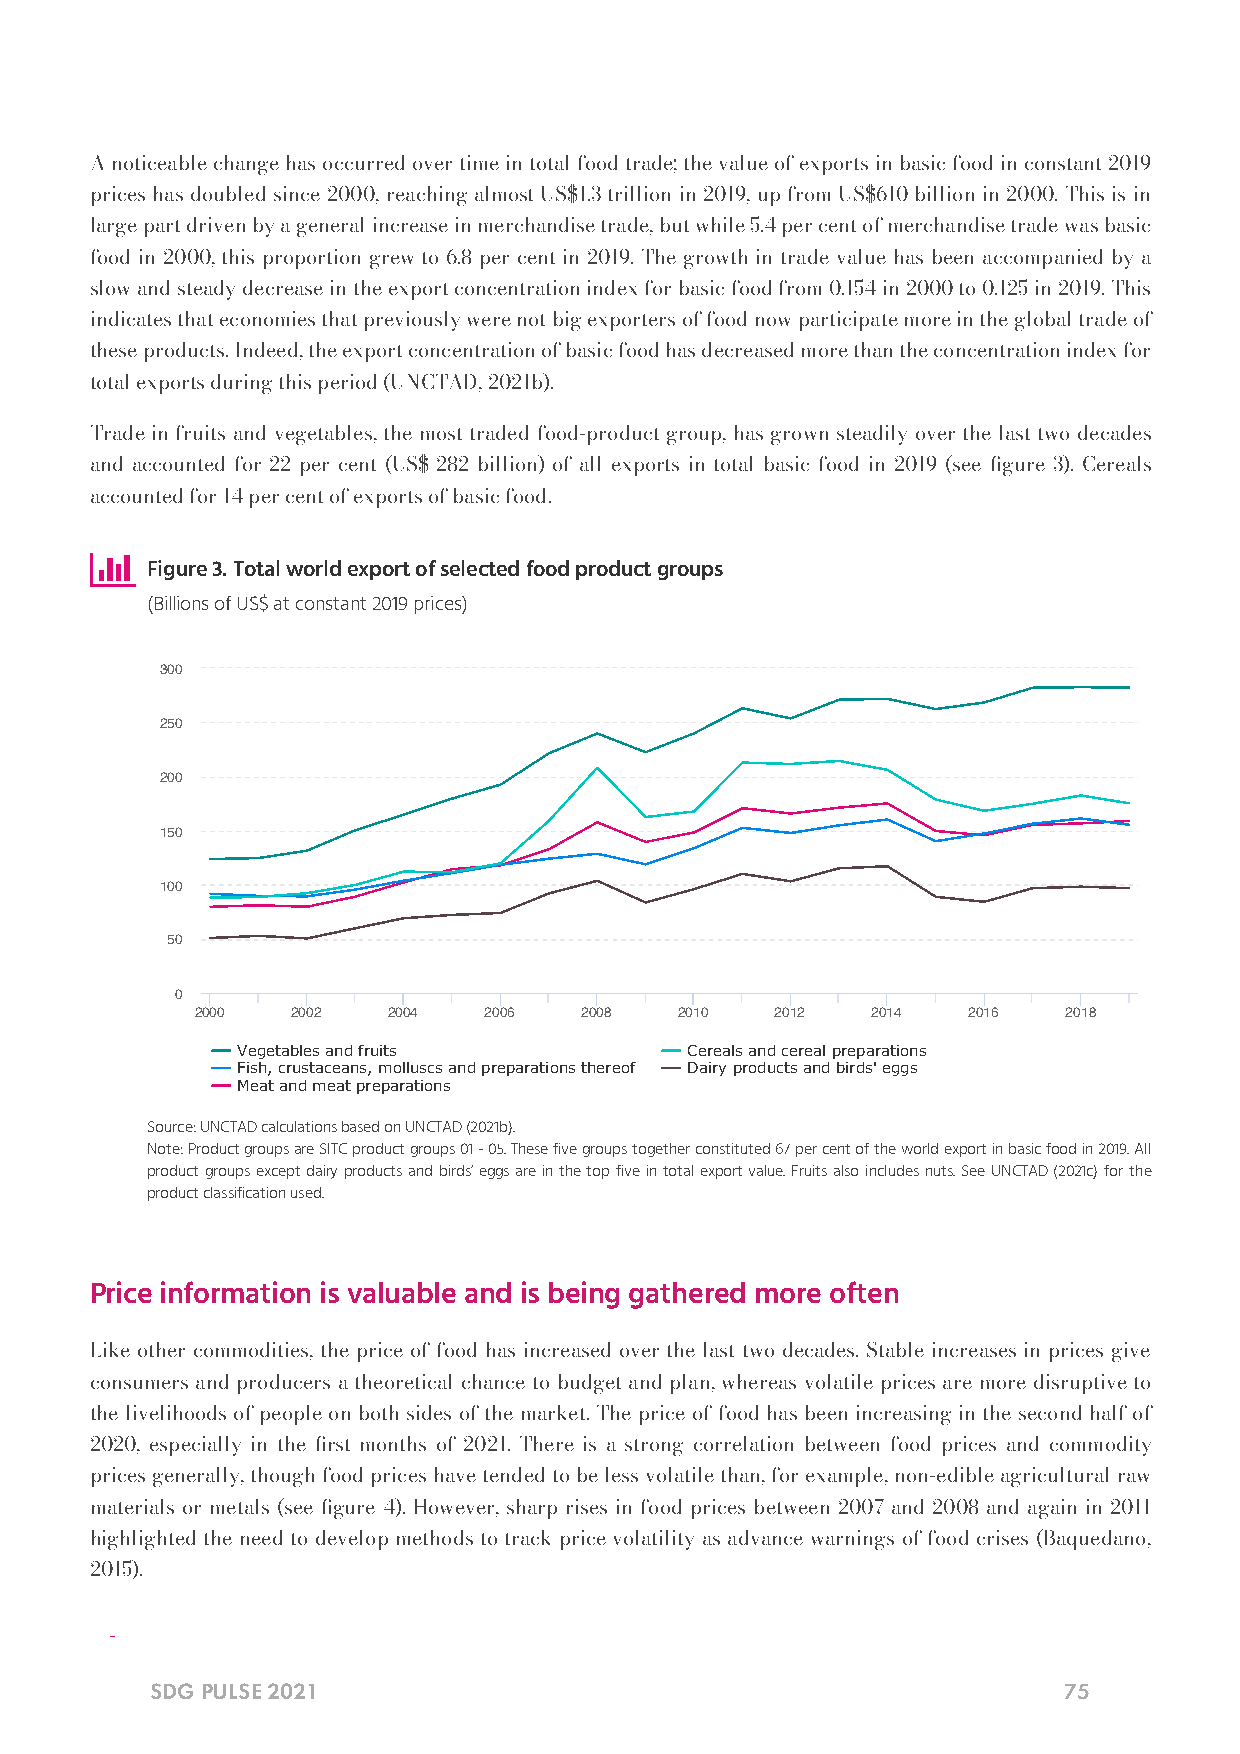
A noticeable change has occurred over time in total food trade; the value of exports in basic food in constant 2019
 prices has doubled since 2000, reaching almost US$1.3 trillion in 2019, up from US$610 billion in 2000. This is in
 large part driven by a general increase in merchandise trade, but while 5.4 per cent of merchandise trade was basic
 food in 2000, this proportion grew to 6.8 per cent in 2019. The growth in trade value has been accompanied by a
 slow and steady decrease in the export concentration index for basic food from 0.154 in 2000 to 0.125 in 2019. This
 indicates that economies that previously were not big exporters of food now participate more in the global trade of
 these products. Indeed, the export concentration of basic food has decreased more than the concentration index for
 total exports during this period (UNCTAD, 2021b).
 Trade in fruits and vegetables, the most traded food-product group, has grown steadily over the last two decades
 and accounted for 22 per cent (US$ 282 billion) of all exports in total basic food in 2019 (see gure 3). Cereals
 accounted for 14 per cent of exports of basic food.
 
 Figure 3. Total world export of selected food product groups
 (Billions of US$ at constant 2019 prices)
 300
 250
 200
 150
 100
 50
 0
 2000  2002   2004  2006   2008  2010  2012   2014  2016   2018
 Vegetables and fruits        Cereals and cereal preparations
 Fish, crustaceans, molluscs and preparations thereof Dairy products and birds' eggs
 Meat and meat preparations
 Source: UNCTAD calculations based on UNCTAD (2021b).
 Note: Product groups are SITC product groups 01 - 05. These five groups together constituted 67 per cent of the world export in basic food in 2019. All
 product groups except dairy products and birds’ eggs are in the top five in total export value. Fruits also includes nuts. See UNCTAD (2021c) for the
 product classification used.
 Price information is valuable and is being gathered more often
 Like other commodities, the price of food has increased over the last two decades. Stable increases in prices give
 consumers and producers a theoretical chance to budget and plan, whereas volatile prices are more disruptive to
 the livelihoods of people on both sides of the market. The price of food has been increasing in the second half of
 2020, especially in the rst months of 2021. There is a strong correlation between food prices and commodity
 prices generally, though food prices have tended to be less volatile than, for example, non-edible agricultural raw
 materials or metals (see gure 4). However, sharp rises in food prices between 2007 and 2008 and again in 2011
 highlighted the need to develop methods to track price volatility as advance warnings of food crises (Baquedano,
 2015).
 
 SDG PULSE 2021                                              75